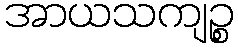
အာယသကျဉ္စ